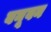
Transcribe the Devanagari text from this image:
बनूवन